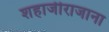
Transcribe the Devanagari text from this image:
शहाजीराजाना